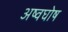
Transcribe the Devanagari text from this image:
अष्वघोष